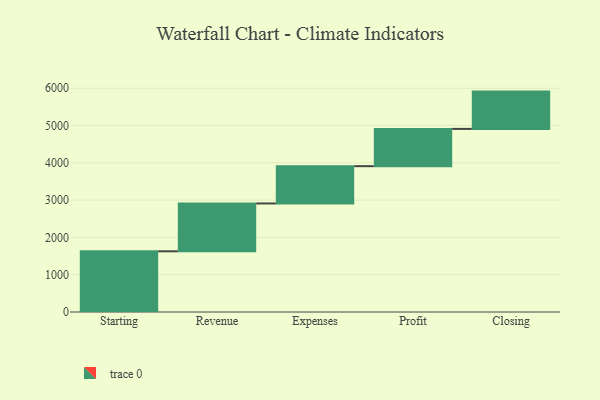
{"axis": {"x": "Step", "y": "Value"}, "legend": [""], "data": [{"x": "Starting", "y": 1628.0, "type": ""}, {"x": "Revenue", "y": 1283.0, "type": ""}, {"x": "Expenses", "y": 1000, "type": ""}, {"x": "Profit", "y": 1000, "type": ""}, {"x": "Closing", "y": 1000, "type": ""}]}